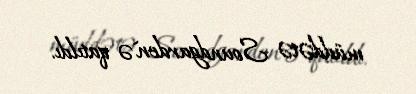
müddətə Soundgarden`ə qatıldı.